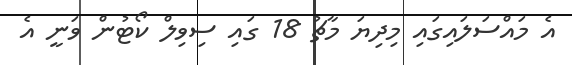
އެ މައްސަލައިގައި މިދިޔަ މާޗު 18 ގައި ސިވިލް ކޯޓުން ވަނީ އެ